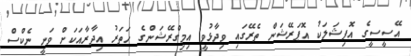
އޭސީސީގެ އޮފިޝަލަކު އޮޕަރޭޝަން ތެރޭގައި ވިދާޅުވީ އިމިގްރޭޝަންގެ ހަތަރު އިދާރާއަކަށް ވަނީ ނެކްސް